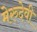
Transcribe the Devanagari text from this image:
मेरुदेवी